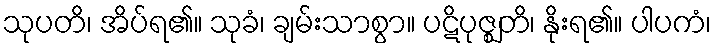
သုပတိ၊ အိပ်ရ၏။ သုခံ၊ ချမ်းသာစွာ။ ပဋိပုဇ္ဈတိ၊ နိုးရ၏။ ပါပကံ၊